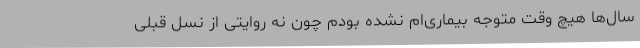
سال‌ها هیچ وقت متوجه بیماری‌ام نشده بودم چون نه روایتی از نسل قبلی